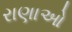
રાણાઓ